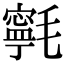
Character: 㲰